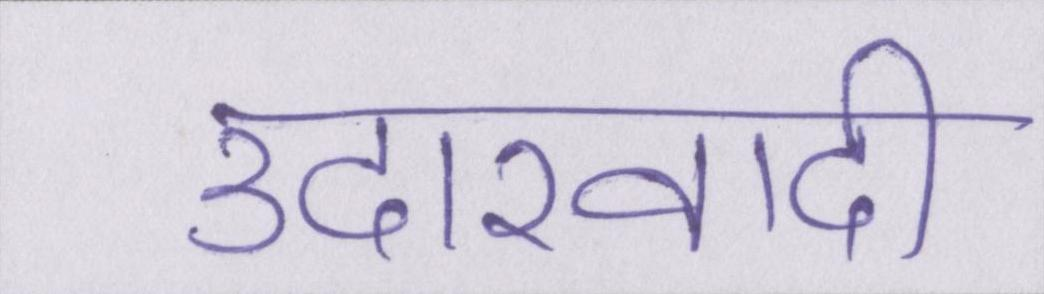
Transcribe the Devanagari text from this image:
उदारवादी